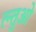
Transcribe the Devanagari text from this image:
त्न्तुओ